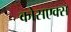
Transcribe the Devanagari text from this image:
कोसएक्स